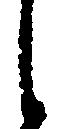
し